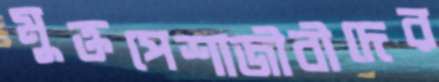
মুক্তপেশাজীবীদের